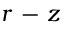
r \mathrm { ~ - ~ } z